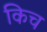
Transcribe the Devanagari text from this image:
किच